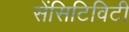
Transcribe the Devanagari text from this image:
सेंसिटिविटी